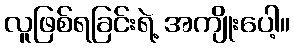
လူဖြစ်ရခြင်းရဲ့ အကျိုးပေါ့။